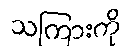
သကြားကို